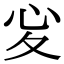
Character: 𢖻